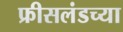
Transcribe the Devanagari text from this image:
फ्रीसलंडच्या